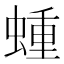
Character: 蝩